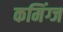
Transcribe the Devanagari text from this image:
कमिंग्ज